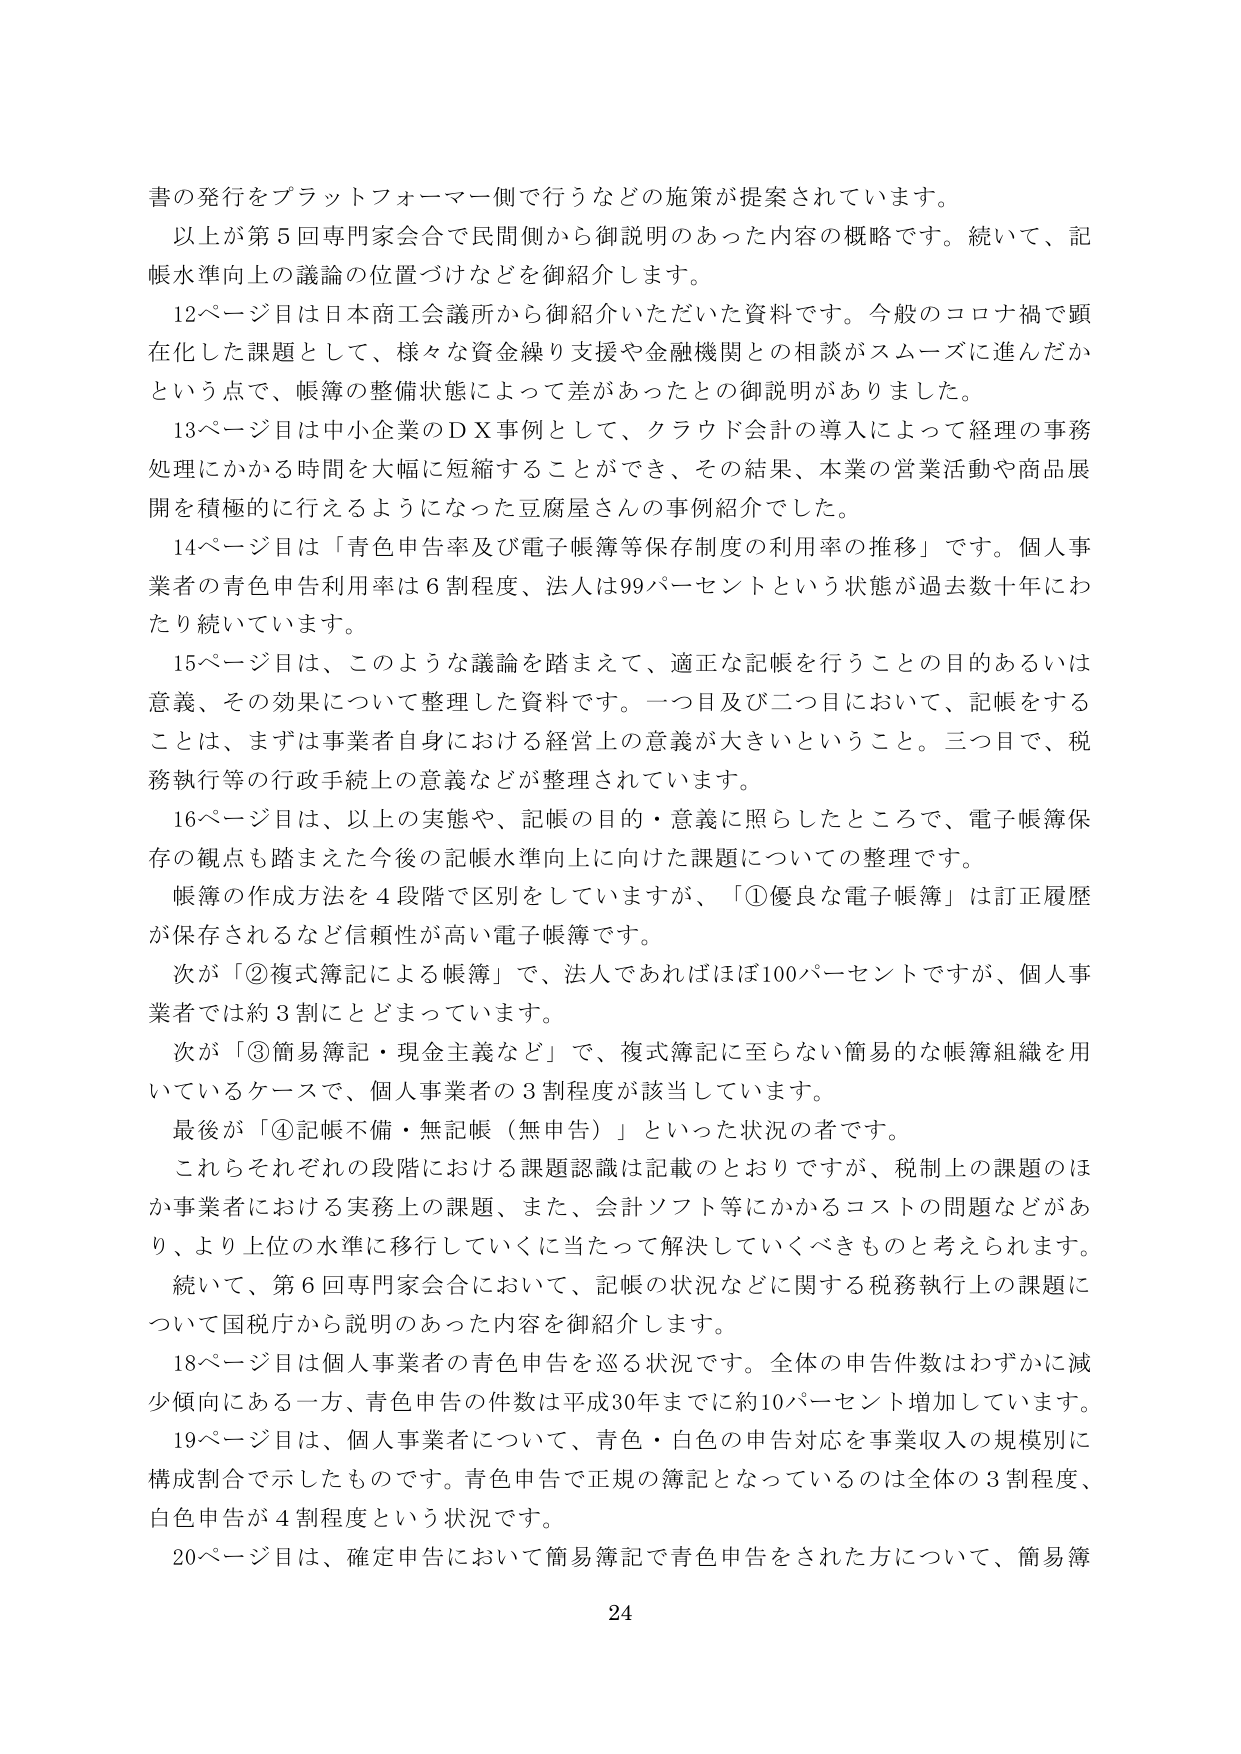
書の発行をプラットフォーマー側で行うなどの施策が提案されています。

以上が第5回専門家会合で民間側から御説明のあった内容の概略です。続いて、記帳水準向上の議論の位置づけなどを御紹介します。

12ページ目は日本商工会議所から御紹介いただいた資料です。今般のコロナ禍で顕在化した課題として、様々な資金繰り支援や金融機関との相談がスムーズに進んだかという点で、帳簿の整備状態によって差があったとの御説明がありました。

13ページ目は中小企業のＤＸ事例として、クラウド会計の導入によって経理の事務処理にかかる時間を大幅に短縮することができ、その結果、本業の営業活動や商品展開を積極的に行えるようになった豆腐屋さんの事例紹介でした。

14ページ目は「青色申告率及び電子帳簿等保存制度の利用率の推移」です。個人事業者の青色申告利用率は6割程度、法人は99パーセントという状態が過去数十年にわたり続いています。

15ページ目は、このような議論を踏まえて、適正な記帳を行うことの目的あるいは意義、その効果について整理した資料です。一つ目及び二つ目において、記帳をすることは、まずは事業者自身における経営上の意義が大きいということ。三つ目で、税務執行等の行政手続上の意義などが整理されています。

16ページ目は、以上の実態や、記帳の目的・意義に照らしたところで、電子帳簿保存の観点も踏まえた今後の記帳水準向上に向けた課題についての整理です。

帳簿の作成方法を4段階で区別していますが、「①優良な電子帳簿」は訂正履歴が保存されるなど信頼性が高い電子帳簿です。

次が「②複式簿記による帳簿」で、法人であればほぼ100パーセントですが、個人事業者では約3割にとどまっています。

次が「③簡易簿記・現金主義など」で、複式簿記に至らない簡易的な帳簿組織を用いているケースで、個人事業者の3割程度が該当しています。

最後が「④記帳不備・無記帳（無申告）」といった状況の者です。

これらそれぞれの段階における課題認識は記載のとおりですが、税制上の課題のほか事業者における実務上の課題、また、会計ソフト等にかかるコストの問題などがあり、より上位の水準に移行していくに当たって解決していくべきものと考えられます。

続いて、第6回専門家会合において、記帳の状況などに関する税務執行上の課題について国税庁から説明のあった内容を御紹介します。

18ページ目は個人事業者の青色申告を巡る状況です。全体の申告件数はわずかに減少傾向にある一方、青色申告の件数は平成30年までに約10パーセント増加しています。

19ページ目は、個人事業者について、青色・白色の申告対応を事業収入の規模別に構成割合で示したものです。青色申告で正規の簿記となっているのは全体の3割程度、白色申告が4割程度という状況です。

20ページ目は、確定申告において簡易簿記で青色申告をされた方について、簡易簿

24